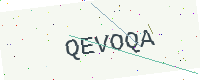
Text: QEVOQA